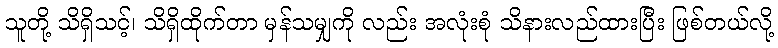
သူတို့ သိရှိသင့်၊ သိရှိထိုက်တာ မှန်သမျှကို လည်း အလုံးစုံ သိနားလည်ထားပြီး ဖြစ်တယ်လို့